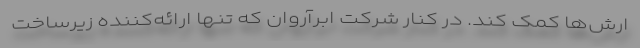
ارش‌ها کمک کند. در کنار شرکت ابرآروان که تنها ارائه‌کننده زیرساخت